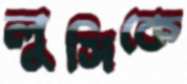
লুসিকে